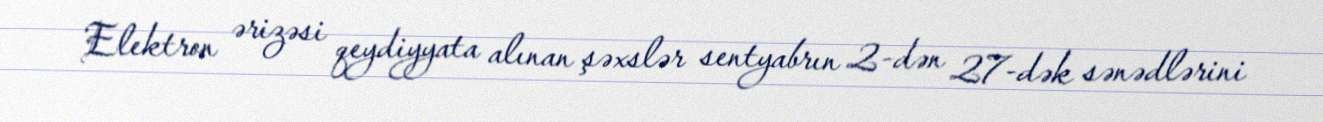
Elektron ərizəsi qeydiyyata alınan şəxslər sentyabrın 2-dən 27-dək sənədlərini